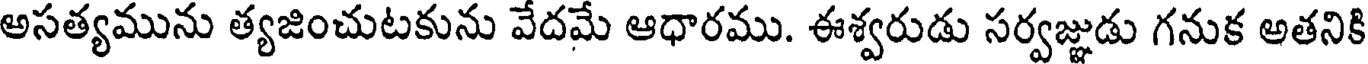
అసత్యమును త్యజించుటకును వేదమే ఆధారము. ఈశ్వరుడు సర్వజ్ఞుడు గనుక అతనికి